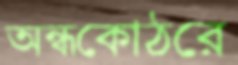
অন্ধকোঠরে